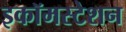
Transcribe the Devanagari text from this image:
इकॉमस्टेशन